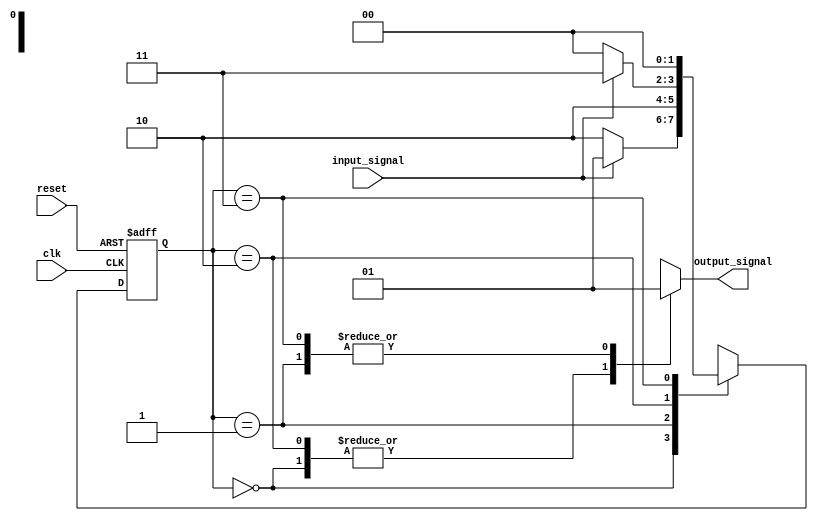
module fsm (
    input wire clk,
    input wire reset,
    input wire input_signal,
    output reg output_signal
);

// Define states
parameter S0 = 2'b00;
parameter S1 = 2'b01;
parameter S2 = 2'b10;
parameter S3 = 2'b11;

// Define state register
reg [1:0] state_reg, next_state_reg;

// Define output register
reg output_reg;

// Define state transitions
always @ (posedge clk or posedge reset) begin
    if (reset) begin
        state_reg <= S0;
    end else begin
        state_reg <= next_state_reg;
    end
end

// Define next state logic based on input signals
always @ (*) begin
    case (state_reg)
        S0: begin
            if (input_signal) begin
                next_state_reg = S1;
            end else begin
                next_state_reg = S2;
            end
        end
        S1: begin
            next_state_reg = S2;
        end
        S2: begin
            if (input_signal) begin
                next_state_reg = S3;
            end else begin
                next_state_reg = S0;
            end
        end
        S3: begin
            next_state_reg = S0;
        end
    endcase
end

// Define output signals based on current state
always @ (state_reg) begin
    case (state_reg)
        S0: begin
            output_reg = 1'b0;
        end
        S1: begin
            output_reg = 1'b1;
        end
        S2: begin
            output_reg = 1'b0;
        end
        S3: begin
            output_reg = 1'b1;
        end
    endcase
end

// Assign output signal
assign output_signal = output_reg;

endmodule